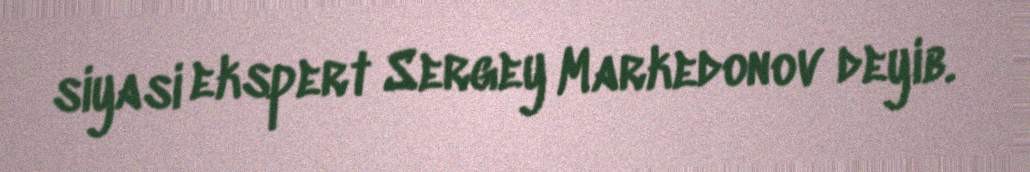
siyasi ekspert Sergey Markedonov deyib.